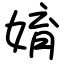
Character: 㛩